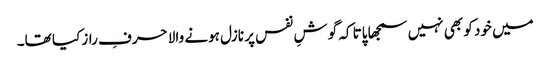
میں خود کو بھی نہیں سمجھا پاتا کہ گوشِ نفس پر نازل ہونے والا حرفِ راز کیا تھا۔